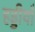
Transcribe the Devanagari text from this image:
हड्डीयाँ